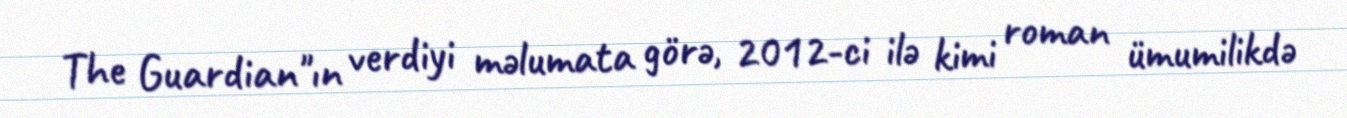
The Guardian"ın verdiyi məlumata görə, 2012-ci ilə kimi roman ümumilikdə